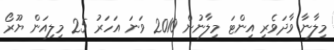
މިލާނާ ވާދަވެރި އިންޓަ މިލާނުން 2010 ވަނަ އަހަރު 25 މިލިއަން ޔޫރޯ